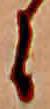
に